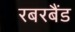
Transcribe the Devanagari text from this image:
रबरबैंड